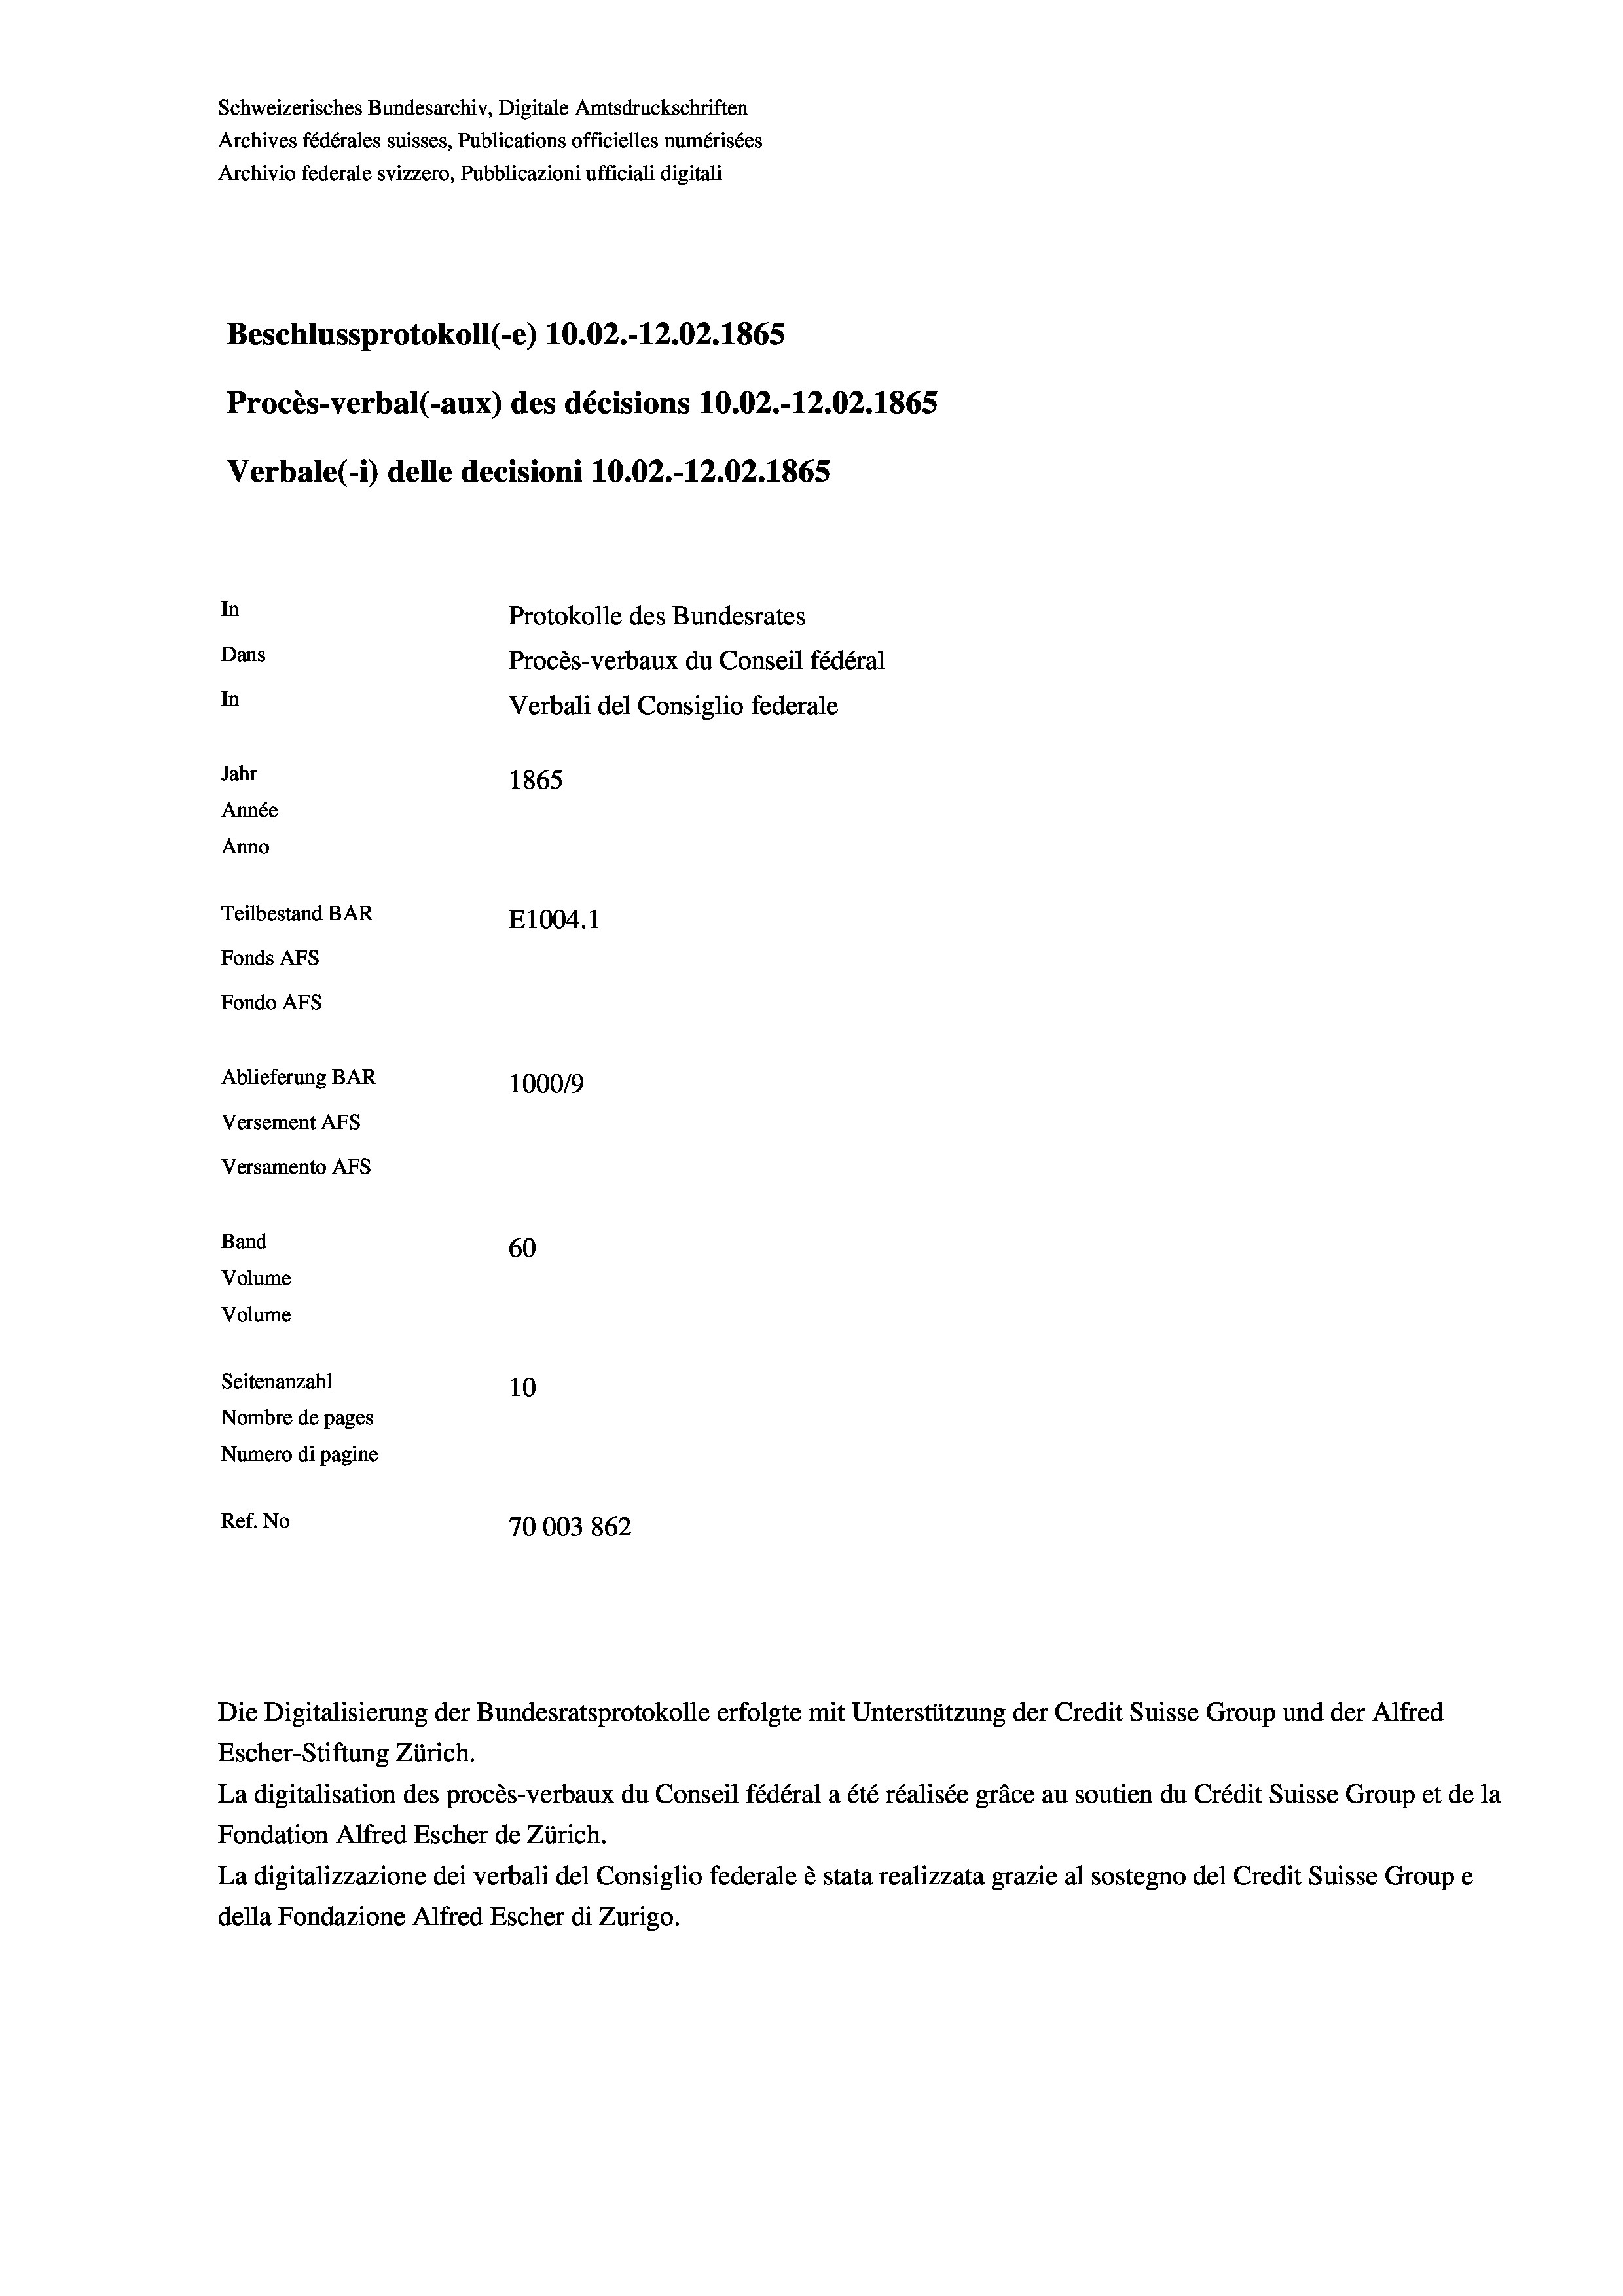
Schweizerisches Bundesarchiv, Digitale Amtsdruckschriften
Archives fédérales suisses, Publications officielles numérisées
Archivio federale svizzero, Pubblicazioni ufficiali digitali
Beschlussprotokoll (-e) 10.02.-12.02. 1865
Procès-verbal (-aux) des décisions 10.02.-12.02. 1865
Verbale(*) delle decisioni 10.02.-12.02. 1865
In
Protokolle des Bundesrates
Dans
Procès-verbaux du Conseil fédéral
In
Verbali del Consiglio federale
Jahr
1865
Année
Anno
Teilbestand BAR
E1004. 1
Fonds AFs
Fondo AFS

Ablieferung BAR
Versement AFs
Versamento Afs
Band
Volume
Volume
Seitenanzahl

1000/9
10
Nombre de pages
Numero di pagine
Ref. No
70003 862

60

Escher-Stiftung Zürich.
La digitalisation des procès-verbaux du Conseil fédéral a été réalisée gräce au soutien du Crédit Suisse Group et de la
Fondation Alfred Escher de Zürich.
La digitalizzazione dei verbali del Consiglio federale è stata realizzata grazie al sostegno del Credit Suisse Groupe
della Fondazione Alfred Escher di Zurigo.

Die Digitalisierung der Bundesratsprotokolle erfolgte mit Unterstützung der Credit Suisse Group und der Alfred